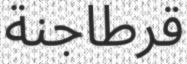
قرطاجنة